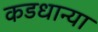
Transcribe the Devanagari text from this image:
कडधान्या